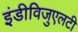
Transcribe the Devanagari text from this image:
इंडीविजुएलटी